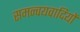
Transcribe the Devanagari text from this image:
समन्वयवादियों